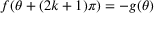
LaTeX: f ( \theta + ( 2 k + 1 ) \pi ) = - g ( \theta )